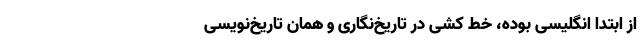
از ابتدا انگلیسی بوده، خط کشی‌ در تاریخ‌نگاری و همان تاریخ‌نویسی